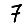
Digit: 7